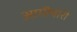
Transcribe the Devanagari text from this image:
आगीयारी